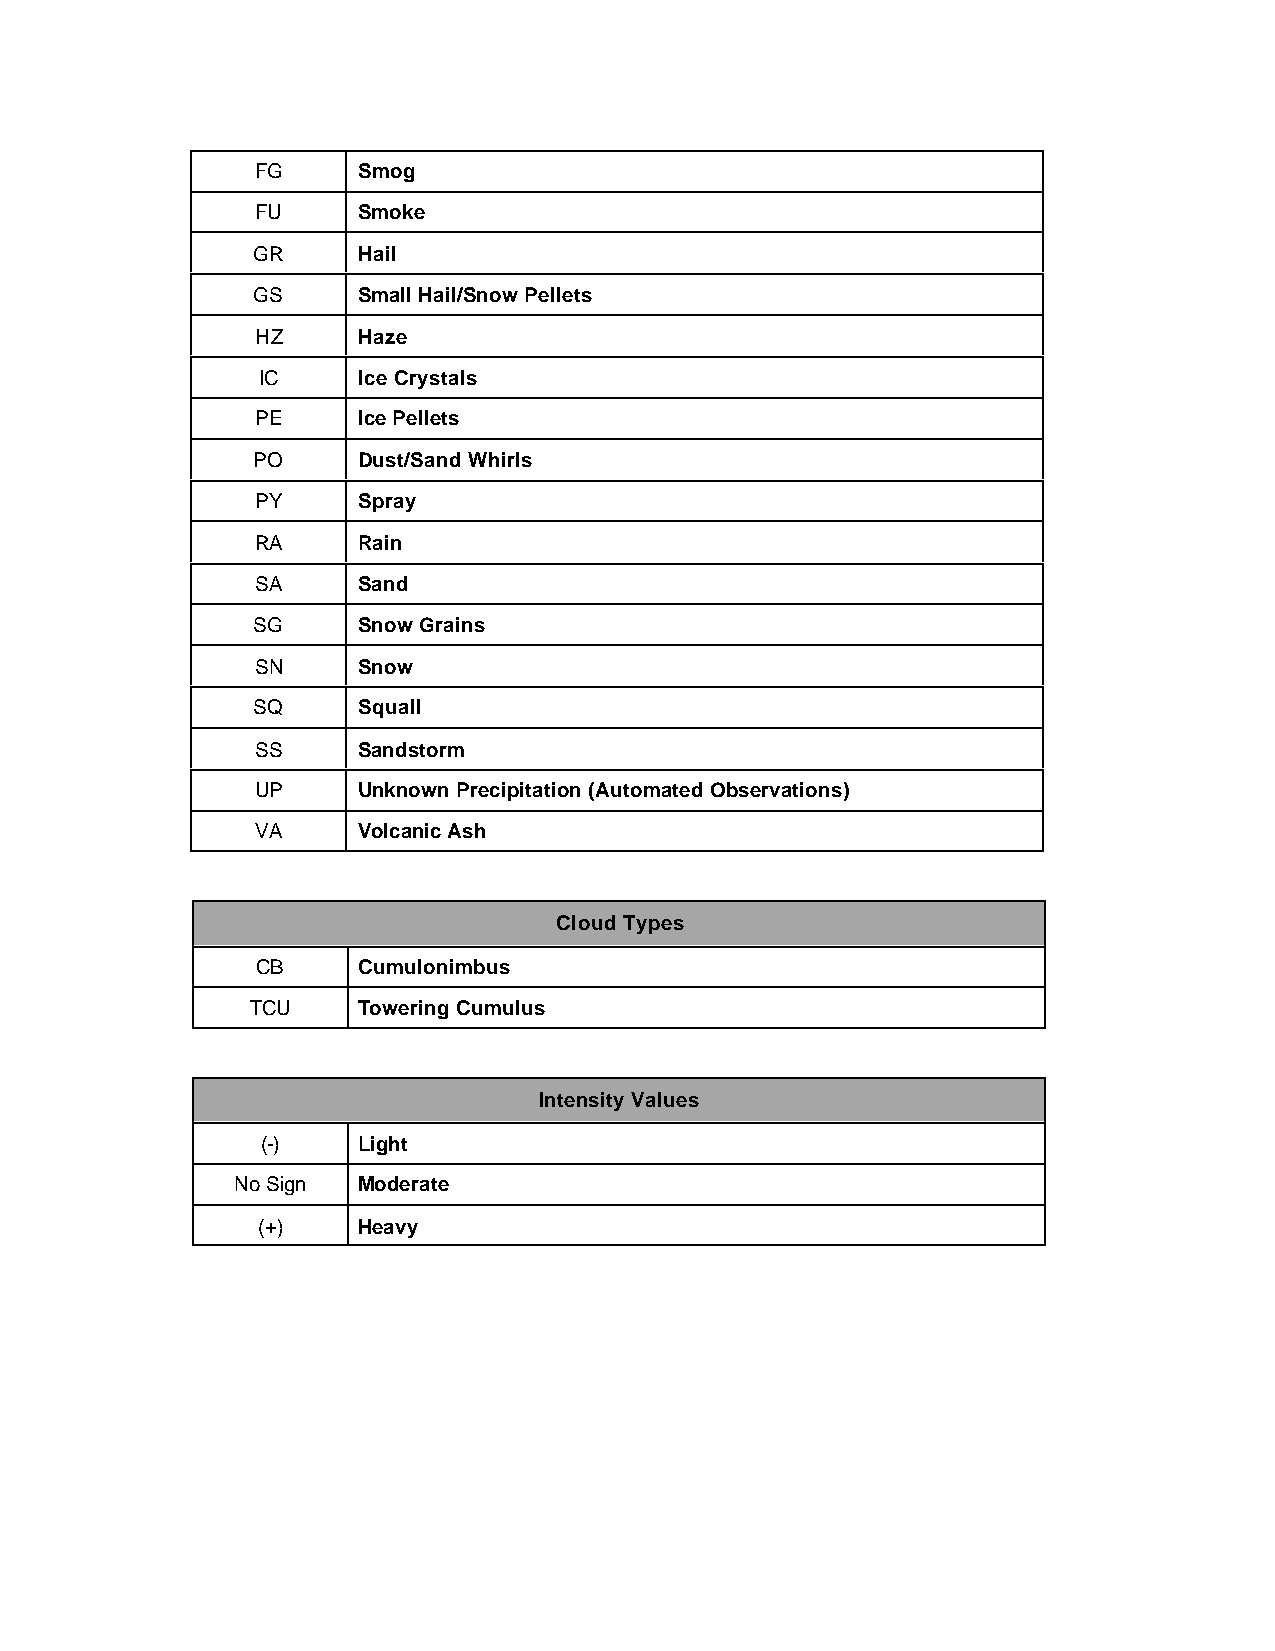
FG     Smog
 FU     Smoke
 GR     Hail
 GS     Small Hail/Snow Pellets
 HZ     Haze
 IC     Ice Crystals
 PE     Ice Pellets
 PO     Dust/Sand Whirls
 PY     Spray
 RA     Rain
 SA     Sand
 SG     Snow Grains
 SN     Snow
 SQ     Squall
 SS     Sandstorm
 UP     Unknown Precipitation (Automated Observations)
 VA     Volcanic Ash
 Cloud Types
 CB     Cumulonimbus
 TCU    Towering Cumulus
 Intensity Values
 (-)    Light
 No Sign Moderate
 (+)    Heavy